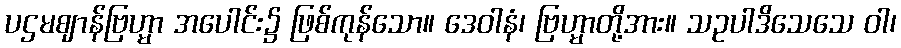
ပဌမဈာန်ဗြဟ္မာ အပေါင်း၌ ဖြစ်ကုန်သော။ ဒေဝါနံ၊ ဗြဟ္မာတို့အား။ သဥပါဒိသေသေ ဝါ၊